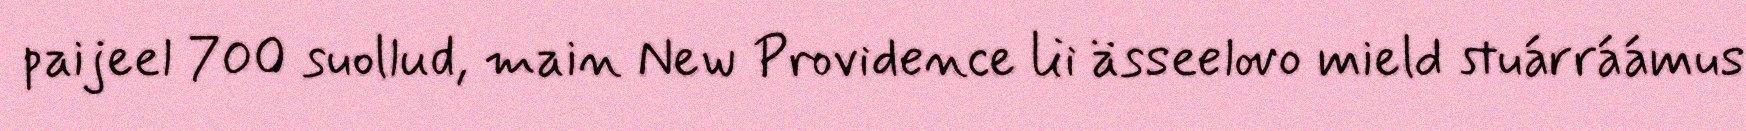
paijeel 700 suollud, main New Providence lii ässeelovo mield stuárráámus